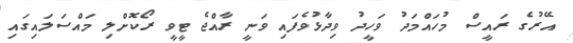
އޭރުގެ ރައީސް މުހައްމަދު ވަހީދު ވިދާޅުވެފައި ވަނީ ރާއްޖެ ޓީވީ ރޯކޮށްލި މައްސަލައިގައި